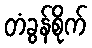
တံခွန်စိုက်